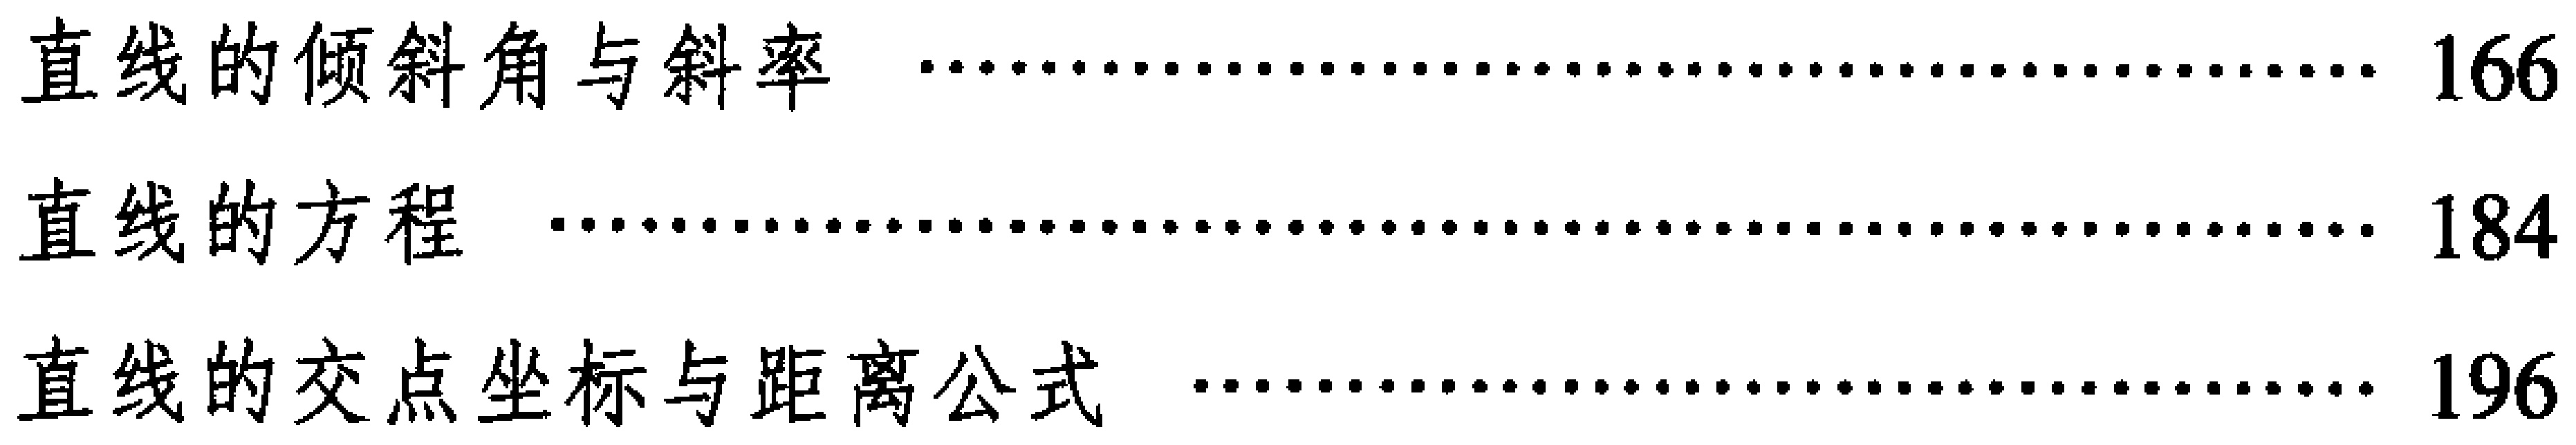
\begin{itemize}
\item 直线的倾斜角与斜率 \hfill 166
\item 直线的方程 \hfill 184
\item 直线的交点坐标与距离公式 \hfill 196
\end{itemize}